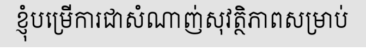
ខ្ញុំបម្រើការជាសំណាញ់សុវត្ថិភាពសម្រាប់